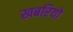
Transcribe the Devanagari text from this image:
खबरियो